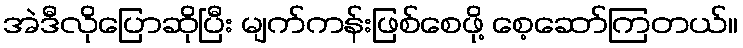
အဲဒီလိုပြောဆိုပြီး မျက်ကန်းဖြစ်စေဖို့ စေ့ဆော်ကြတယ်။